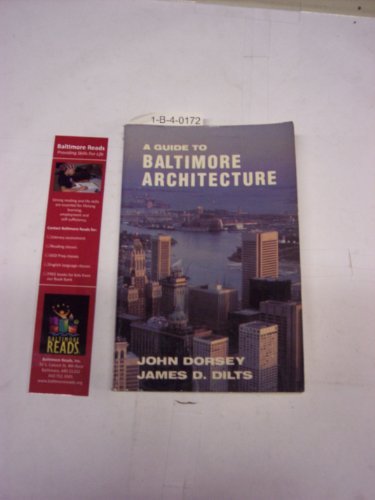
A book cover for Guide to Baltimore Architecture Edition; Dorsey John; Travel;